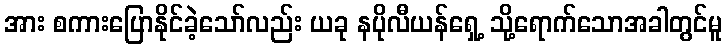
အား စကားပြောနိုင်ခဲ့သော်လည်း ယခု နပိုလီယန်ရှေ့ သို့ရောက်သောအခါတွင်မူ